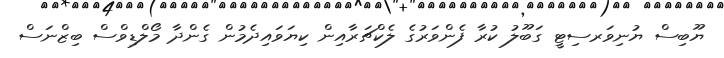
ޔޫބިސް ޔުނިވަރސިޓީ ގަބޫލު ކުރާ ފެންވަރުގެ ލެކްޗަރާއިން ކިޔަވައިދެމުން ގެންދާ މޯލްޑިވްސް ބިޒްނަސް